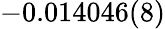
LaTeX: -0.014046(8)